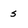
Character: s